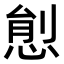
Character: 𢛋